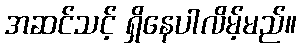
အဆင်သင့် ရှိနေပါလိမ့်မည်။